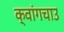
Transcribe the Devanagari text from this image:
क्वांगचाउ